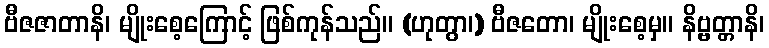
ဗီဇဇာတာနိ၊ မျိုးစေ့ကြောင့် ဖြစ်ကုန်သည်။ (ဟုတွာ၊) ဗီဇတော၊ မျိုးစေ့မှ။ နိဗ္ဗတ္တာနိ၊